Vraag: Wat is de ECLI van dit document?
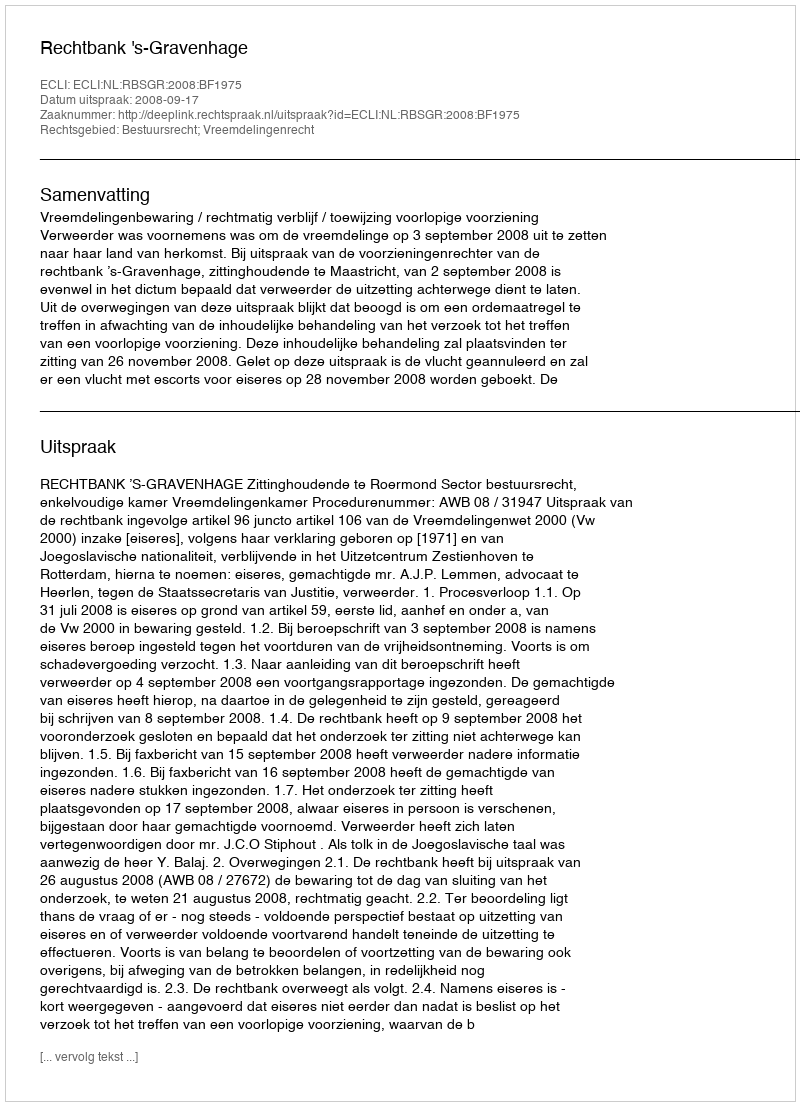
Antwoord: ECLI:NL:RBSGR:2008:BF1975